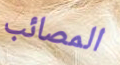
المصائب